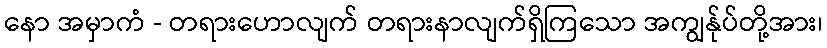
နော အမှာကံ - တရားဟောလျက် တရားနာလျက်ရှိကြသော အကျွန်ုပ်တို့အား၊